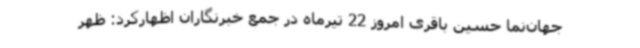
جهان‌نما حسین باقری امروز 22 تیرماه در جمع خبرنگاران اظهارکرد: ظهر